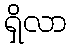
ရှိလာ